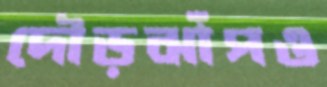
দৌড়ঝাঁপও